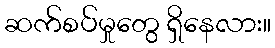
ဆက်စပ်မှုတွေ ရှိနေလား။